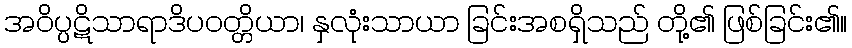
အဝိပ္ပဋိသာရာဒိပဝတ္တိယာ၊ နှလုံးသာယာ ခြင်းအစရှိသည် တို့၏ ဖြစ်ခြင်း၏။